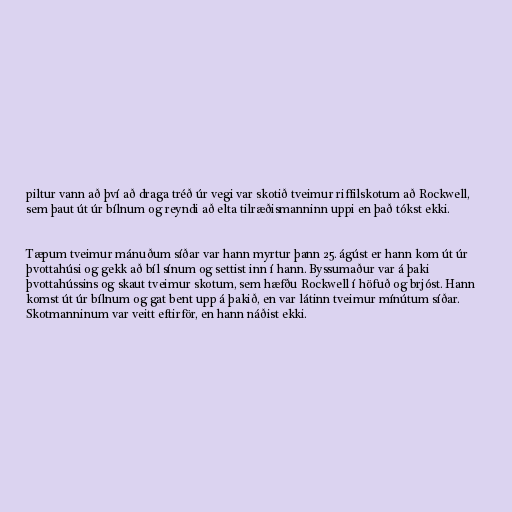
piltur vann að því að draga tréð úr vegi var skotið tveimur riffilskotum að Rockwell,
sem þaut út úr bílnum og reyndi að elta tilræðismanninn uppi en það tókst ekki.

Tæpum tveimur mánuðum síðar var hann myrtur þann 25. ágúst er hann kom út úr
þvottahúsi og gekk að bíl sínum og settist inn í hann. Byssumaður var á þaki
þvottahússins og skaut tveimur skotum, sem hæfðu Rockwell í höfuð og brjóst. Hann
komst út úr bílnum og gat bent upp á þakið, en var látinn tveimur mínútum síðar.
Skotmanninum var veitt eftirför, en hann náðist ekki.